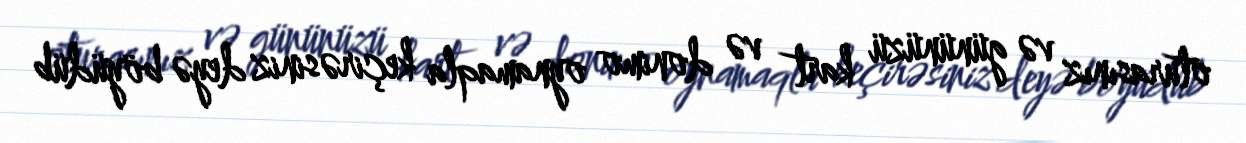
oturasınız və gününüzü kart və donimo oynamaqla keçirəsiniz deyə böyüdüb